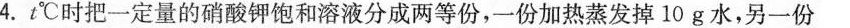
4.t℃时把一定量的硝酸钾饱和溶液分成两等份，一份加热蒸发掉10g水，另一份